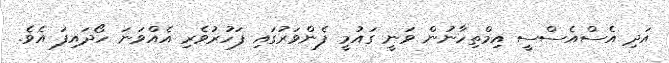
އަދި އެސްއެސްސީ އިމްތިހާނުން ވަނީ ގައުމީ ފެންވަރުގައި ފަހުރުވެރި އެއްވަނަ ހޯދައިފަ އެވެ.